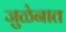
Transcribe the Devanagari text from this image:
जुळेनात